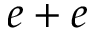
e + e